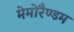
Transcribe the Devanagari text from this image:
मेमोरैण्डम